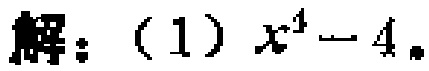
解：（1）$x^{4}-4$。